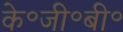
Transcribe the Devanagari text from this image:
के॰जी॰बी॰